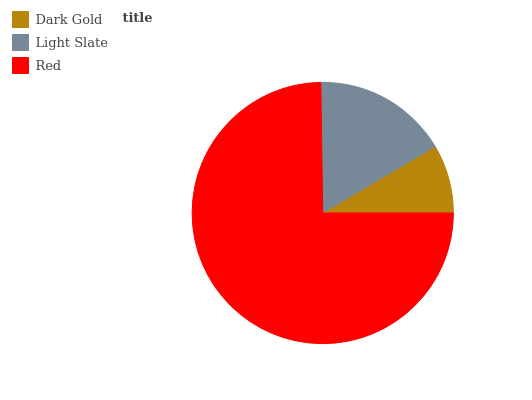
| Dark Gold | Light Slate | Red |
 | --- | --- | --- |
 | 8.51% | 16.7% | 74.8% |